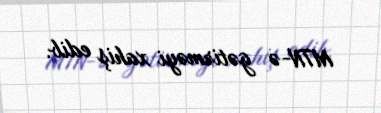
MTN-ə gətirməyi xahiş edib.